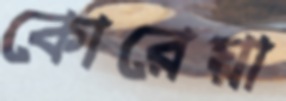
কোরেয়া